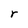
Character: r